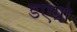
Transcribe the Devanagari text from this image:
डएग्रो